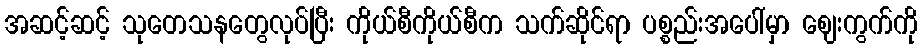
အဆင့်ဆင့် သုတေသနတွေလုပ်ပြီး ကိုယ်စီကိုယ်စီက သက်ဆိုင်ရာ ပစ္စည်းအပေါ်မှာ ဈေးကွက်ကို